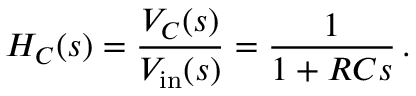
H _ { C } ( s ) = { \frac { V _ { C } ( s ) } { V _ { \mathrm { i n } } ( s ) } } = { \frac { 1 } { 1 + R C s } } \, .